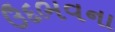
ઉદભવના